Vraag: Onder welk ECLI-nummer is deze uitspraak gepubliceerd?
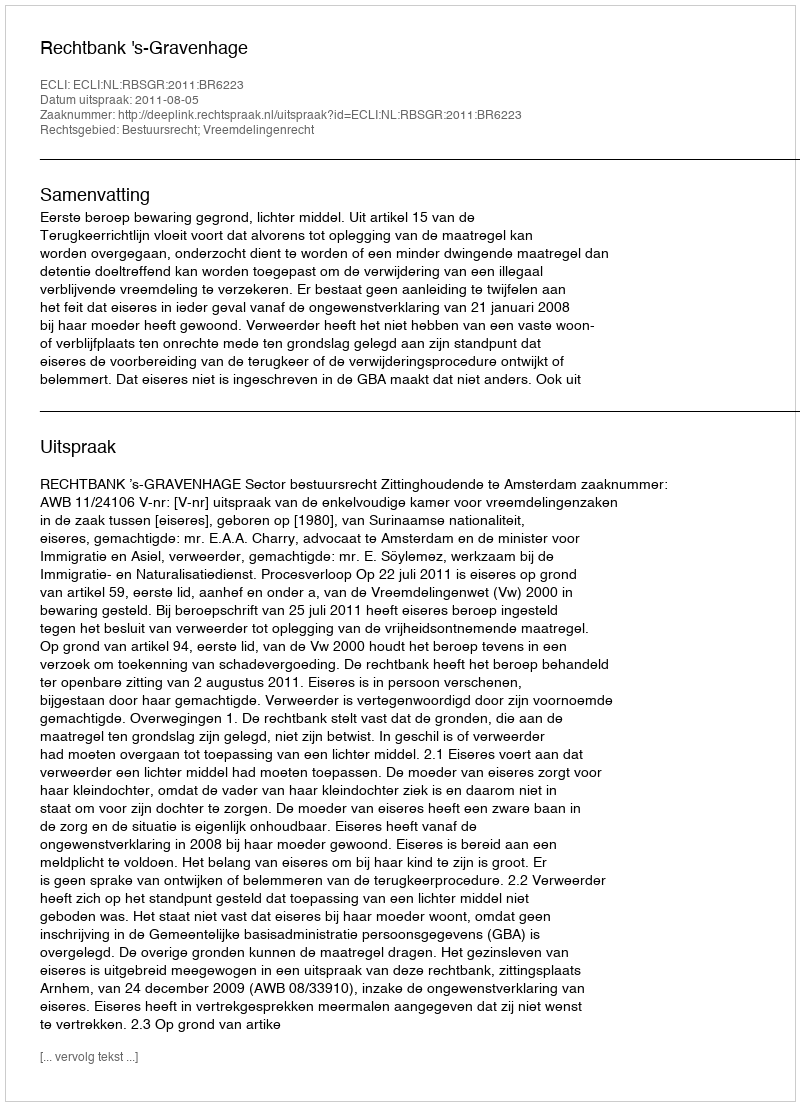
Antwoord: ECLI:NL:RBSGR:2011:BR6223